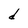
Character: d